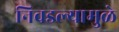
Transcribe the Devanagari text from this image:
निवडल्यामुळे